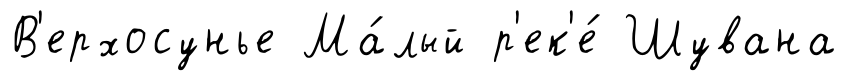
В'ерхосунье Ма́лый р'ек'е́ Шувана